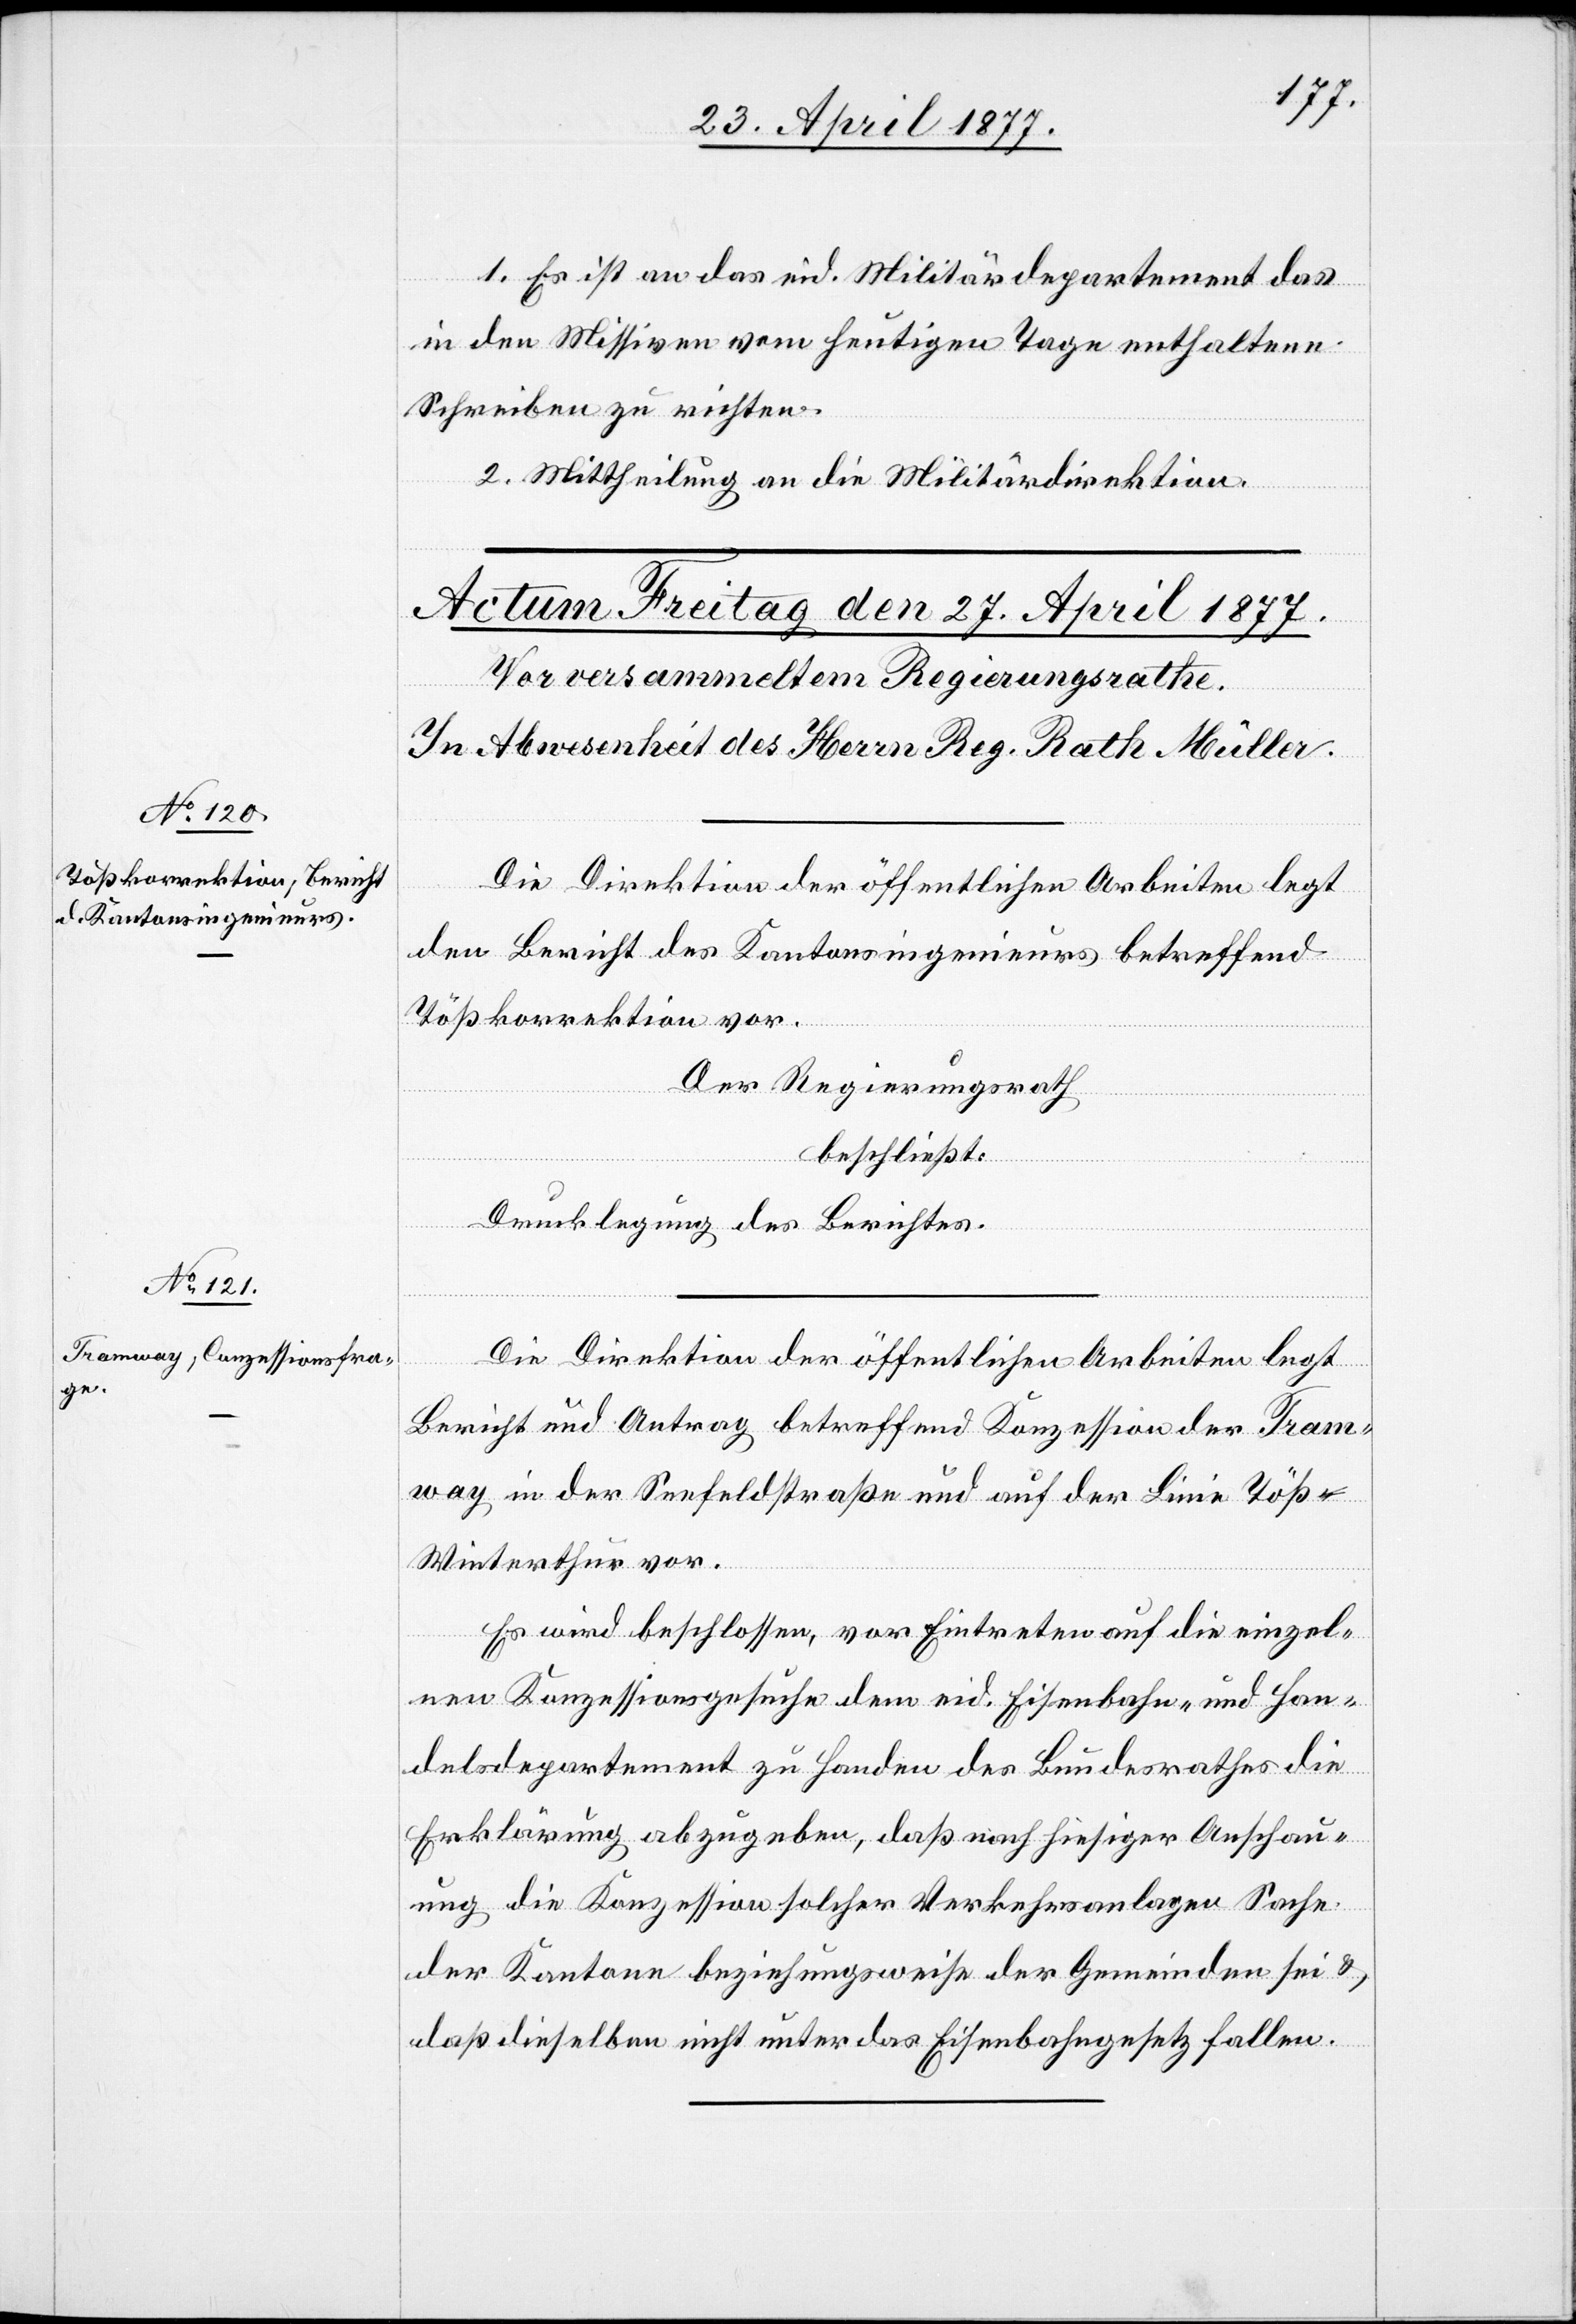
1. Es ist an das eid. Militärdepartement das
in den Missiven vom heutigen Tage enthaltene
Schreiben zu richten.
2. Mittheilung an die Militärdirektion.
Die Direktion der öffentlichen Arbeiten legt
den Bericht des Kantonsingenieurs betreffend
Tößkorrektion vor.
Der Regierungsrath,
beschließt:
Drucklegung des Berichtes.
Die Direktion der öffentlichen Arbeiten legt
Bericht und Antrag betreffend Konzession der Tram¬
way in der Seefeldstraße und auf der Linie Töß–W¬
interthur vor.
Es wird beschlossen, vor Eintreten auf die einzel¬
nen Konzessionsgesuche dem eid. Eisenbahn- und Han¬
delsdepartement zu Handen des Bundesrathes die
Erklärung abzugeben, daß nach hiesiger Anschau¬
ung die Konzession solcher Verkehrsanlagen Sache
der Kantone beziehungsweise der Gemeinden sei &
daß dieselben nicht unter das Eisenbahngesetz fallen.